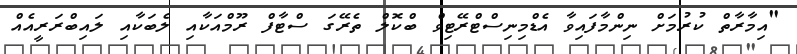
"އިމާރާތް ކުރުމަށް ނިންމާފައިވާ އެޑްމިނިސްޓްރޭޓިވް ބްކޮލް ތެރޭގަ ސްޓާފް ރޫމްއަކާއި ލެބަކާއި ލައިބްރަރީއެއް